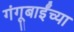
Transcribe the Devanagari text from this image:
गंगूबाईंच्या